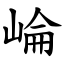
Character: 崘